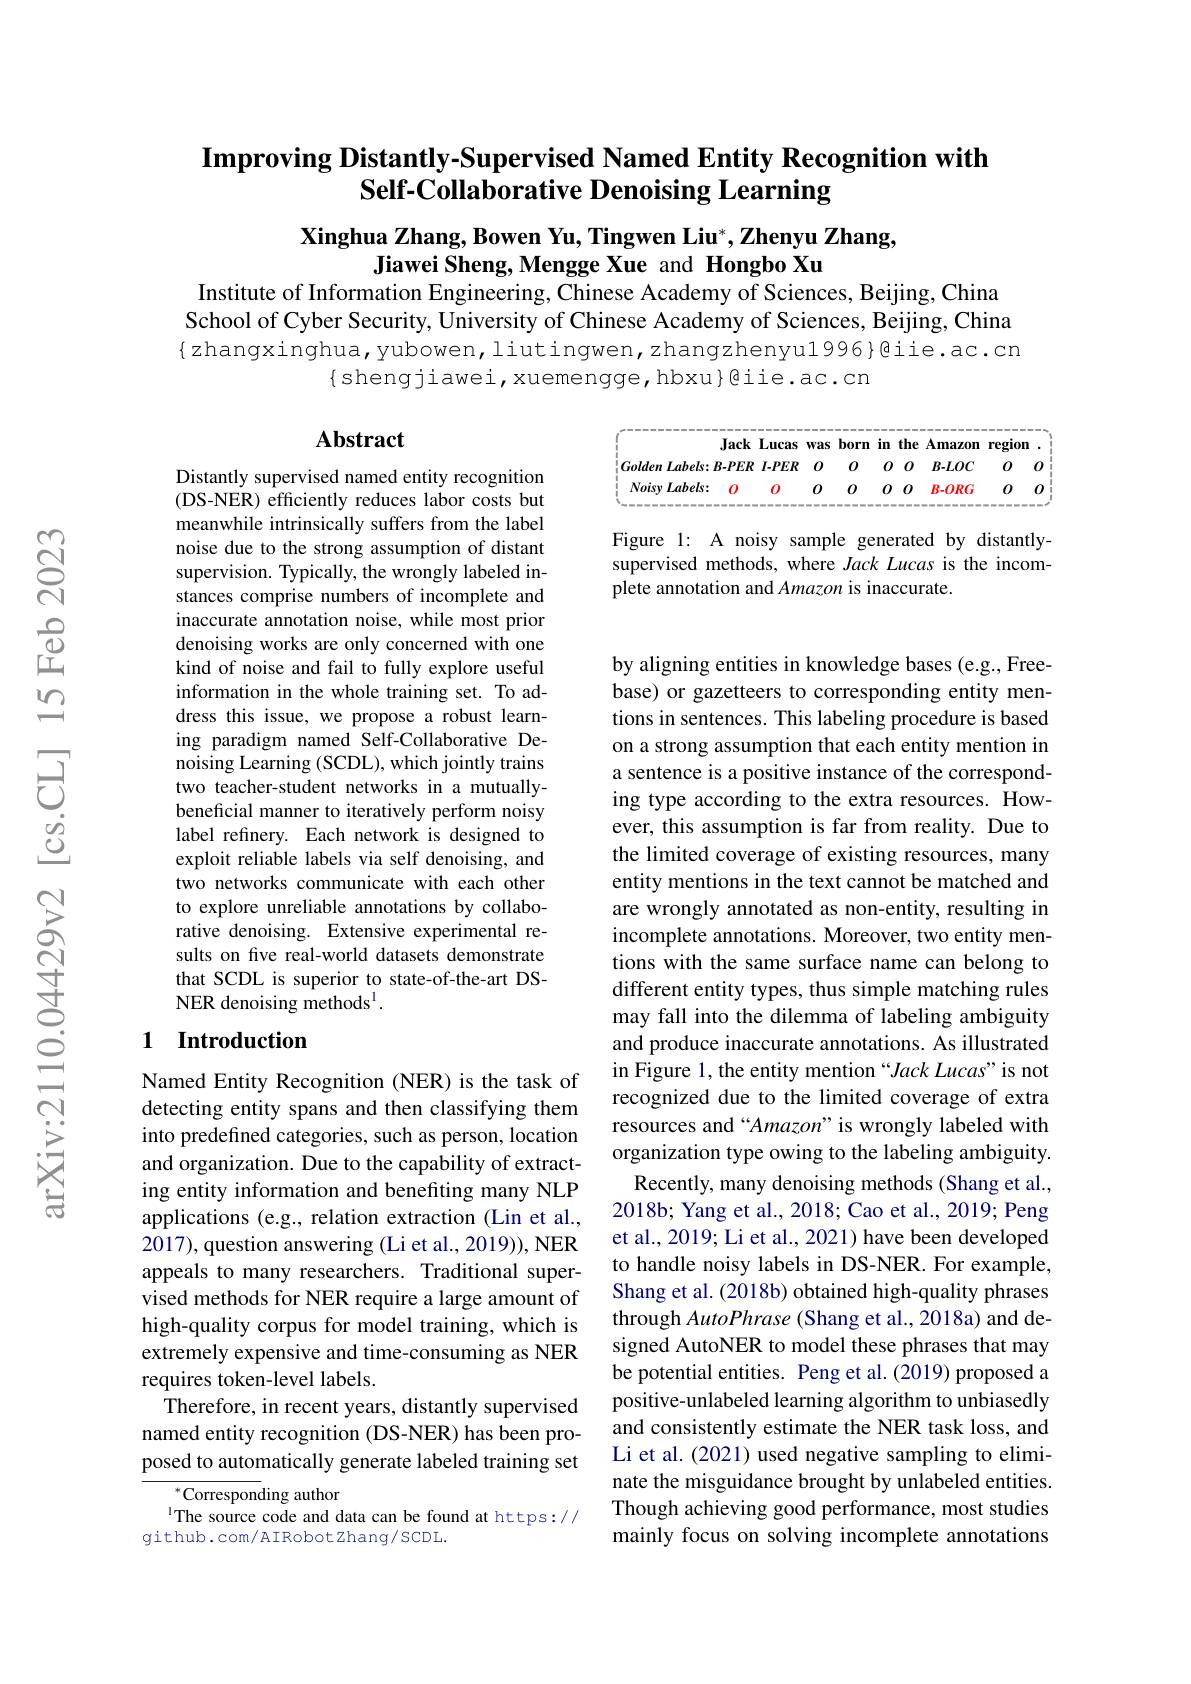
## $\textbf{Improving Distantly- Supervised Named Entity Recognition with}$ $\bar{\textbf{Self-Collaborative Denoising Learning}}$

Xinghua Zhang, Bowen Yu, Tingwen Liu*, Zhenyu Zhang,
Jiawei Sheng, Mengge Xue and Hongbo Xu

Institute of Information Engineering, Chinese Academy of Sciences, Beijing, China

School of Cyber Security, University of Chinese Academy of Sciences, Beijing, China {zhangxinghua,yubowen,liutingwen,zhangzhenyu1996}@iie.ac.cn
$\{$shengjiawei,xuemengge,hbxu}@iie.ac.cn

## Abstract

<table>
	<tbody>
		<tr>
			<th>Jack</th>
			<th>Lucas</th>
			<th>was</th>
			<th>born</th>
			<th>$in$</th>
			<th>$in$</th>
			<th>the</th>
			<th>$\mathbf{Amazon}$</th>
			<th>region</th>
			<th>·</th>
		</tr>
		<tr>
			<td>Golden Labels: B-PER</td>
			<td>$I-PER$</td>
			<td>0</td>
			<td>0</td>
			<td>0</td>
			<td>0</td>
			<td>0</td>
			<td>$B-LOC$</td>
			<td>0</td>
			<td>0</td>
		</tr>
		<tr>
			<td>$NoisyLabels:$</td>
			<td>0</td>
			<td>0</td>
			<td>0</td>
			<td>0</td>
			<td>0</td>
			<td>0</td>
			<td>B-ORG</td>
			<td>0</td>
			<td>0</td>
		</tr>
	</tbody>
</table>

Figure l: A noisy sample generated by distantlysupervised methods, where Jack Lucas is the incomplete annotation and Amazon is inaccurate.

Distantly supervised named entity recognition (DS-NER) efficiently reduces labor costs but meanwhile intrinsically suffers from the label noise due to the strong assumption of distant supervision. Typically, the wrongly labeled instances comprise numbers of incomplete and inaccurate annotation noise, while most prior denoising works are only concerned with one kind of noise and fail to fully explore useful information in the whole training set. To address this issue, we propose a robust learning paradigm named Self-Collaborative Denoising Learning (SCDL), which jointly trains two teacher-student networks in a mutuallybeneficial manner to iteratively perform noisy label refinery. Each network is designed to exploit reliable labels via self denoising, and two networks communicate with each other to explore unreliable annotations by collaborative denoising. Extensive experimental results on five real-world datasets demonstrate that SCDL is superior to state-of-the-art DSNER denoising methods$^{1}.$

## 1 Introduction

by aligning entities in knowledge bases (e.g., Freebase) or gazetteers to corresponding entity mentions in sentences. This labeling procedure is based on a strong assumption that each entity mention in a sentence is a positive instance of the corresponding type according to the extra resources. However, this assumption is far from reality. Due to the limited coverage of existing resources, many entity mentions in the text cannot be matched and are wrongly annotated as non-entity, resulting in incomplete annotations. Moreover, two entity mentions with the same surface name can belong to different entity types, thus simple matching rules may fall into the dilemma of labeling ambiguity and produce inaccurate annotations. As illustrated in Figure 1, the entity mention “Jack Lucas" is not recognized due to the limited coverage of extra resources and“Amazon”is wrongly labeled with organization type owing to the labeling ambiguity.
Recently, many denoising methods (Shang et al., 2018b; Yang et al., 2018; Cao et al., 2019; Peng et al., 2019; Li et al., 2021) have been developed to handle noisy labels in DS-NER. For example, Shang et al. (2018b) obtained high-quality phrases through AutoPhrase (Shang et al., 2018a) and designed AutoNER to model these phrases that may be potential entities. Peng et al.(2019) proposed a positive-unlabeled learning algorithm to unbiasedly and consistently estimate the NER task loss, and Li et al. (2021) used negative sampling to eliminate the misguidance brought by unlabeled entities. Though achieving good performance, most studies mainly focus on solving incomplete annotations

Named Entity Recognition (NER) is the task of detecting entity spans and then classifying them into predefined categories, such as person, location and organization. Due to the capability of extracting entity information and benefiting many NLP applications (e.g., relation extraction (Lin et al., 2017),question answering (Li et al., 2019)), NER appeals to many researchers. Traditional supervised methods for NER require a large amount of high-quality corpus for model training, which is extremely expensive and time-consuming as NER requires token-level labels.
Therefore, in recent years, distantly supervised named entity recognition (DS-NER) has been proposed to automatically generate labeled training set

$^{*}$Corresponding author
The source code and data can be found at https://
github.com/AIRobotZhang/SCDL.